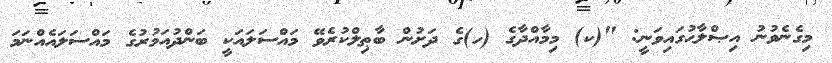
މިގެނެވުނު އިޞްލާޙުގައިވަނީ: "(ކ) މިމާއްދާގެ (ހ)ގެ ދަށުން ބާޠިލްކުރެވޭ މައްސަލައަކީ ބަންދުއަމުރުގެ މައްސަލައެއްނަމަ